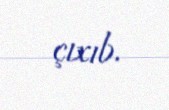
çıxıb.